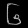
Digit: ၆